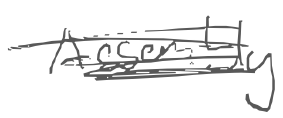
Text: Assembly
Cross-out: scratch
Writing tool: digital_gray